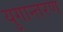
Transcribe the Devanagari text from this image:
युगान्तरण